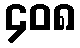
၄၀၈